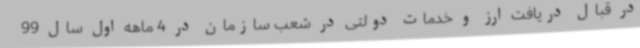
در قبال دریافت ارز و خدمات دولتی در شعب سازمان در 4 ماهه اول سال 99